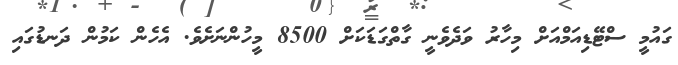
ގައުމީ ސްޓޭޑިއަމްއަށް މިހާރު ވަދެވެނީ ގާތްގަޑަކަށް 8500 މީހުންނަށެވެ. އެހެން ކަމުން ދަނޑުގައި